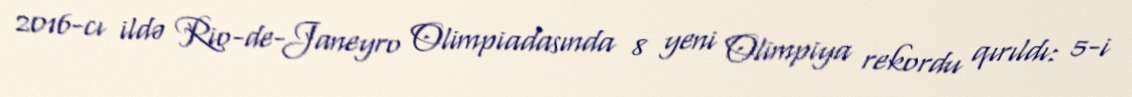
2016-cı ildə Rio-de-Janeyro Olimpiadasında 8 yeni Olimpiya rekordu qırıldı: 5-i